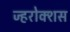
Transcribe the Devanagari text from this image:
ज्हरोक्शस